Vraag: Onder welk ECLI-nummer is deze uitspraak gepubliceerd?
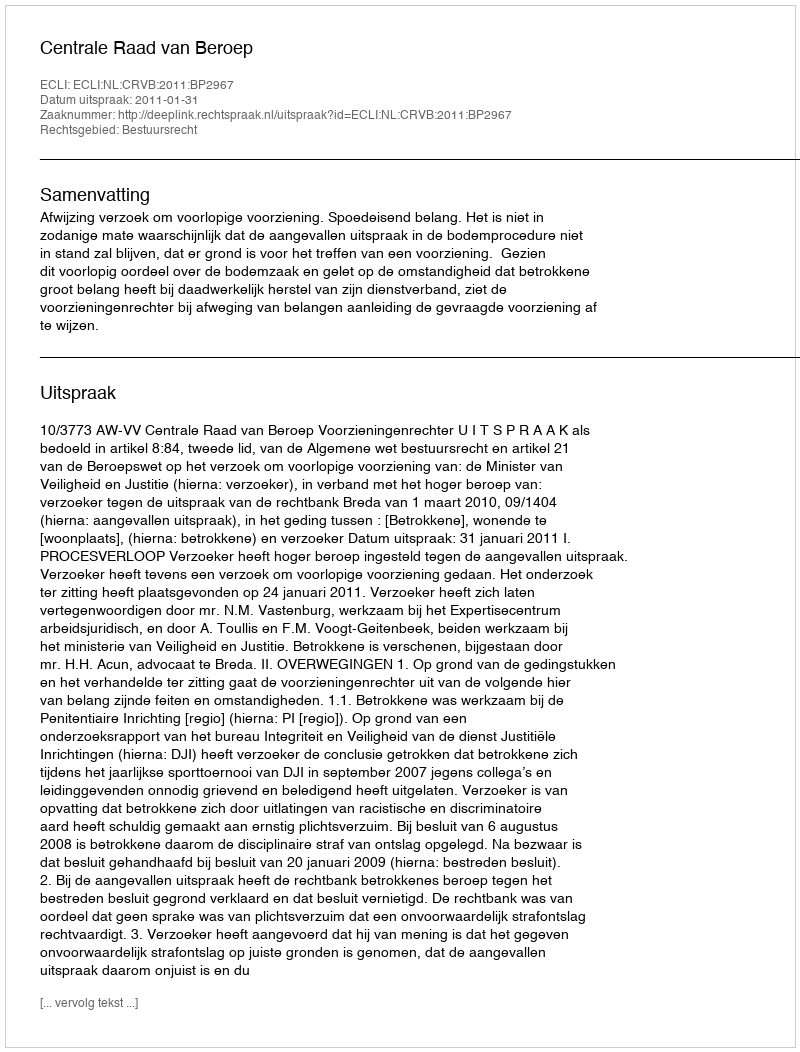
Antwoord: ECLI:NL:CRVB:2011:BP2967